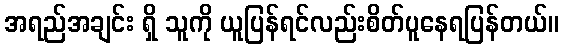
အရည်အချင်း ရှိ သူကို ယူပြန်ရင်လည်းစိတ်ပူနေရပြန်တယ်။